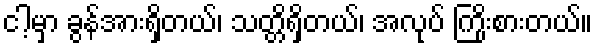
ငါ့မှာ ခွန်အားရှိတယ်၊ သတ္တိရှိတယ်၊ အလုပ် ကြိုးစားတယ်။